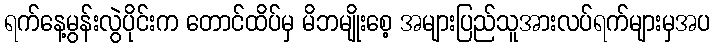
ရက်နေ့မွန်းလွဲပိုင်းက တောင်ထိပ်မှ မိဘမျိုးစေ့ အများပြည်သူအားလပ်ရက်များမှအပ